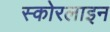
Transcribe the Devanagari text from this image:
स्कोरलाइन